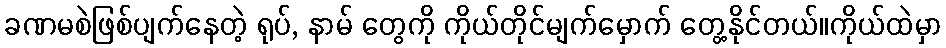
ခဏမစဲဖြစ်ပျက်နေတဲ့ ရုပ်, နာမ် တွေကို ကိုယ်တိုင်မျက်မှောက် တွေ့နိုင်တယ်။ကိုယ်ထဲမှာ